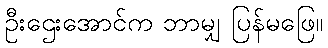
ဦးဌေးအောင်က ဘာမျှ ပြန်မဖြေ။